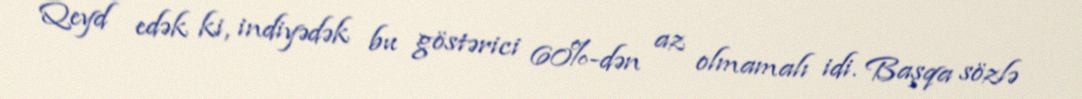
Qeyd edək ki, indiyədək bu göstərici 60%-dən az olmamalı idi. Başqa sözlə